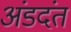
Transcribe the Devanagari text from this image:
अंडदंत